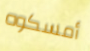
أمسكوه